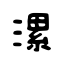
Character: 漯